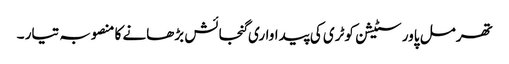
تھرمل پاور سٹیشن کوٹری کی پیداواری گنجائش بڑھانے کا منصوبہ تیار ۔